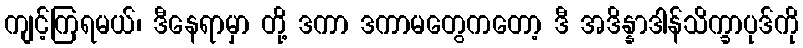
ကျင့်ကြရမယ်၊ ဒီနေရာမှာ တို့ ဒကာ ဒကာမတွေကတော့ ဒီ အဒိန္နာဒါန်သိက္ခာပုဒ်ကို